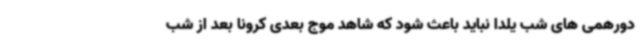
دورهمی های شب یلدا نباید باعث شود که شاهد موج بعدی کرونا بعد از شب